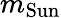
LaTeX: m_{\mathrm{Sun}}